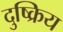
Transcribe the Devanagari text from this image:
दुष्क्रिय